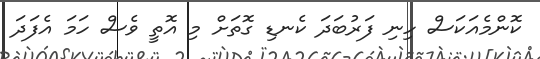
ކޮންމެއަކަސް ހިނި ފަރުބަދަ ކެނޑި ގޮތަށް މި އޮތީ ވެސް ހަމަ އެފަދަ